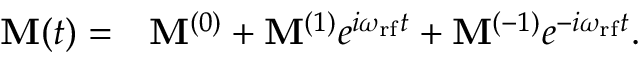
\begin{array} { r l } { \mathbf { M } ( t ) = } & { { } \mathbf { M } ^ { ( 0 ) } + \mathbf { M } ^ { ( 1 ) } e ^ { i \omega _ { \mathrm { r f } } t } + \mathbf { M } ^ { ( - 1 ) } e ^ { - i \omega _ { \mathrm { r f } } t } . } \end{array}